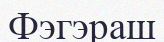
Фэгэраш